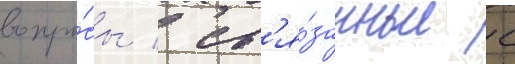
вопро́сы / св'я́занные с